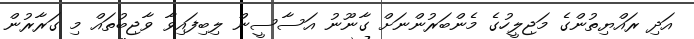
އަދި ރައްޔިތުންގެ މަޖިލީހުގެ މެންބަރުންނަށް ގާނޫނު އަސާސީން ލިބިފައިވާ ވާޖިބުތައް މި ގަރާރުން